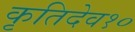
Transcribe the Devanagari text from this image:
कृतिदेव१०